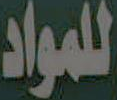
للمواد